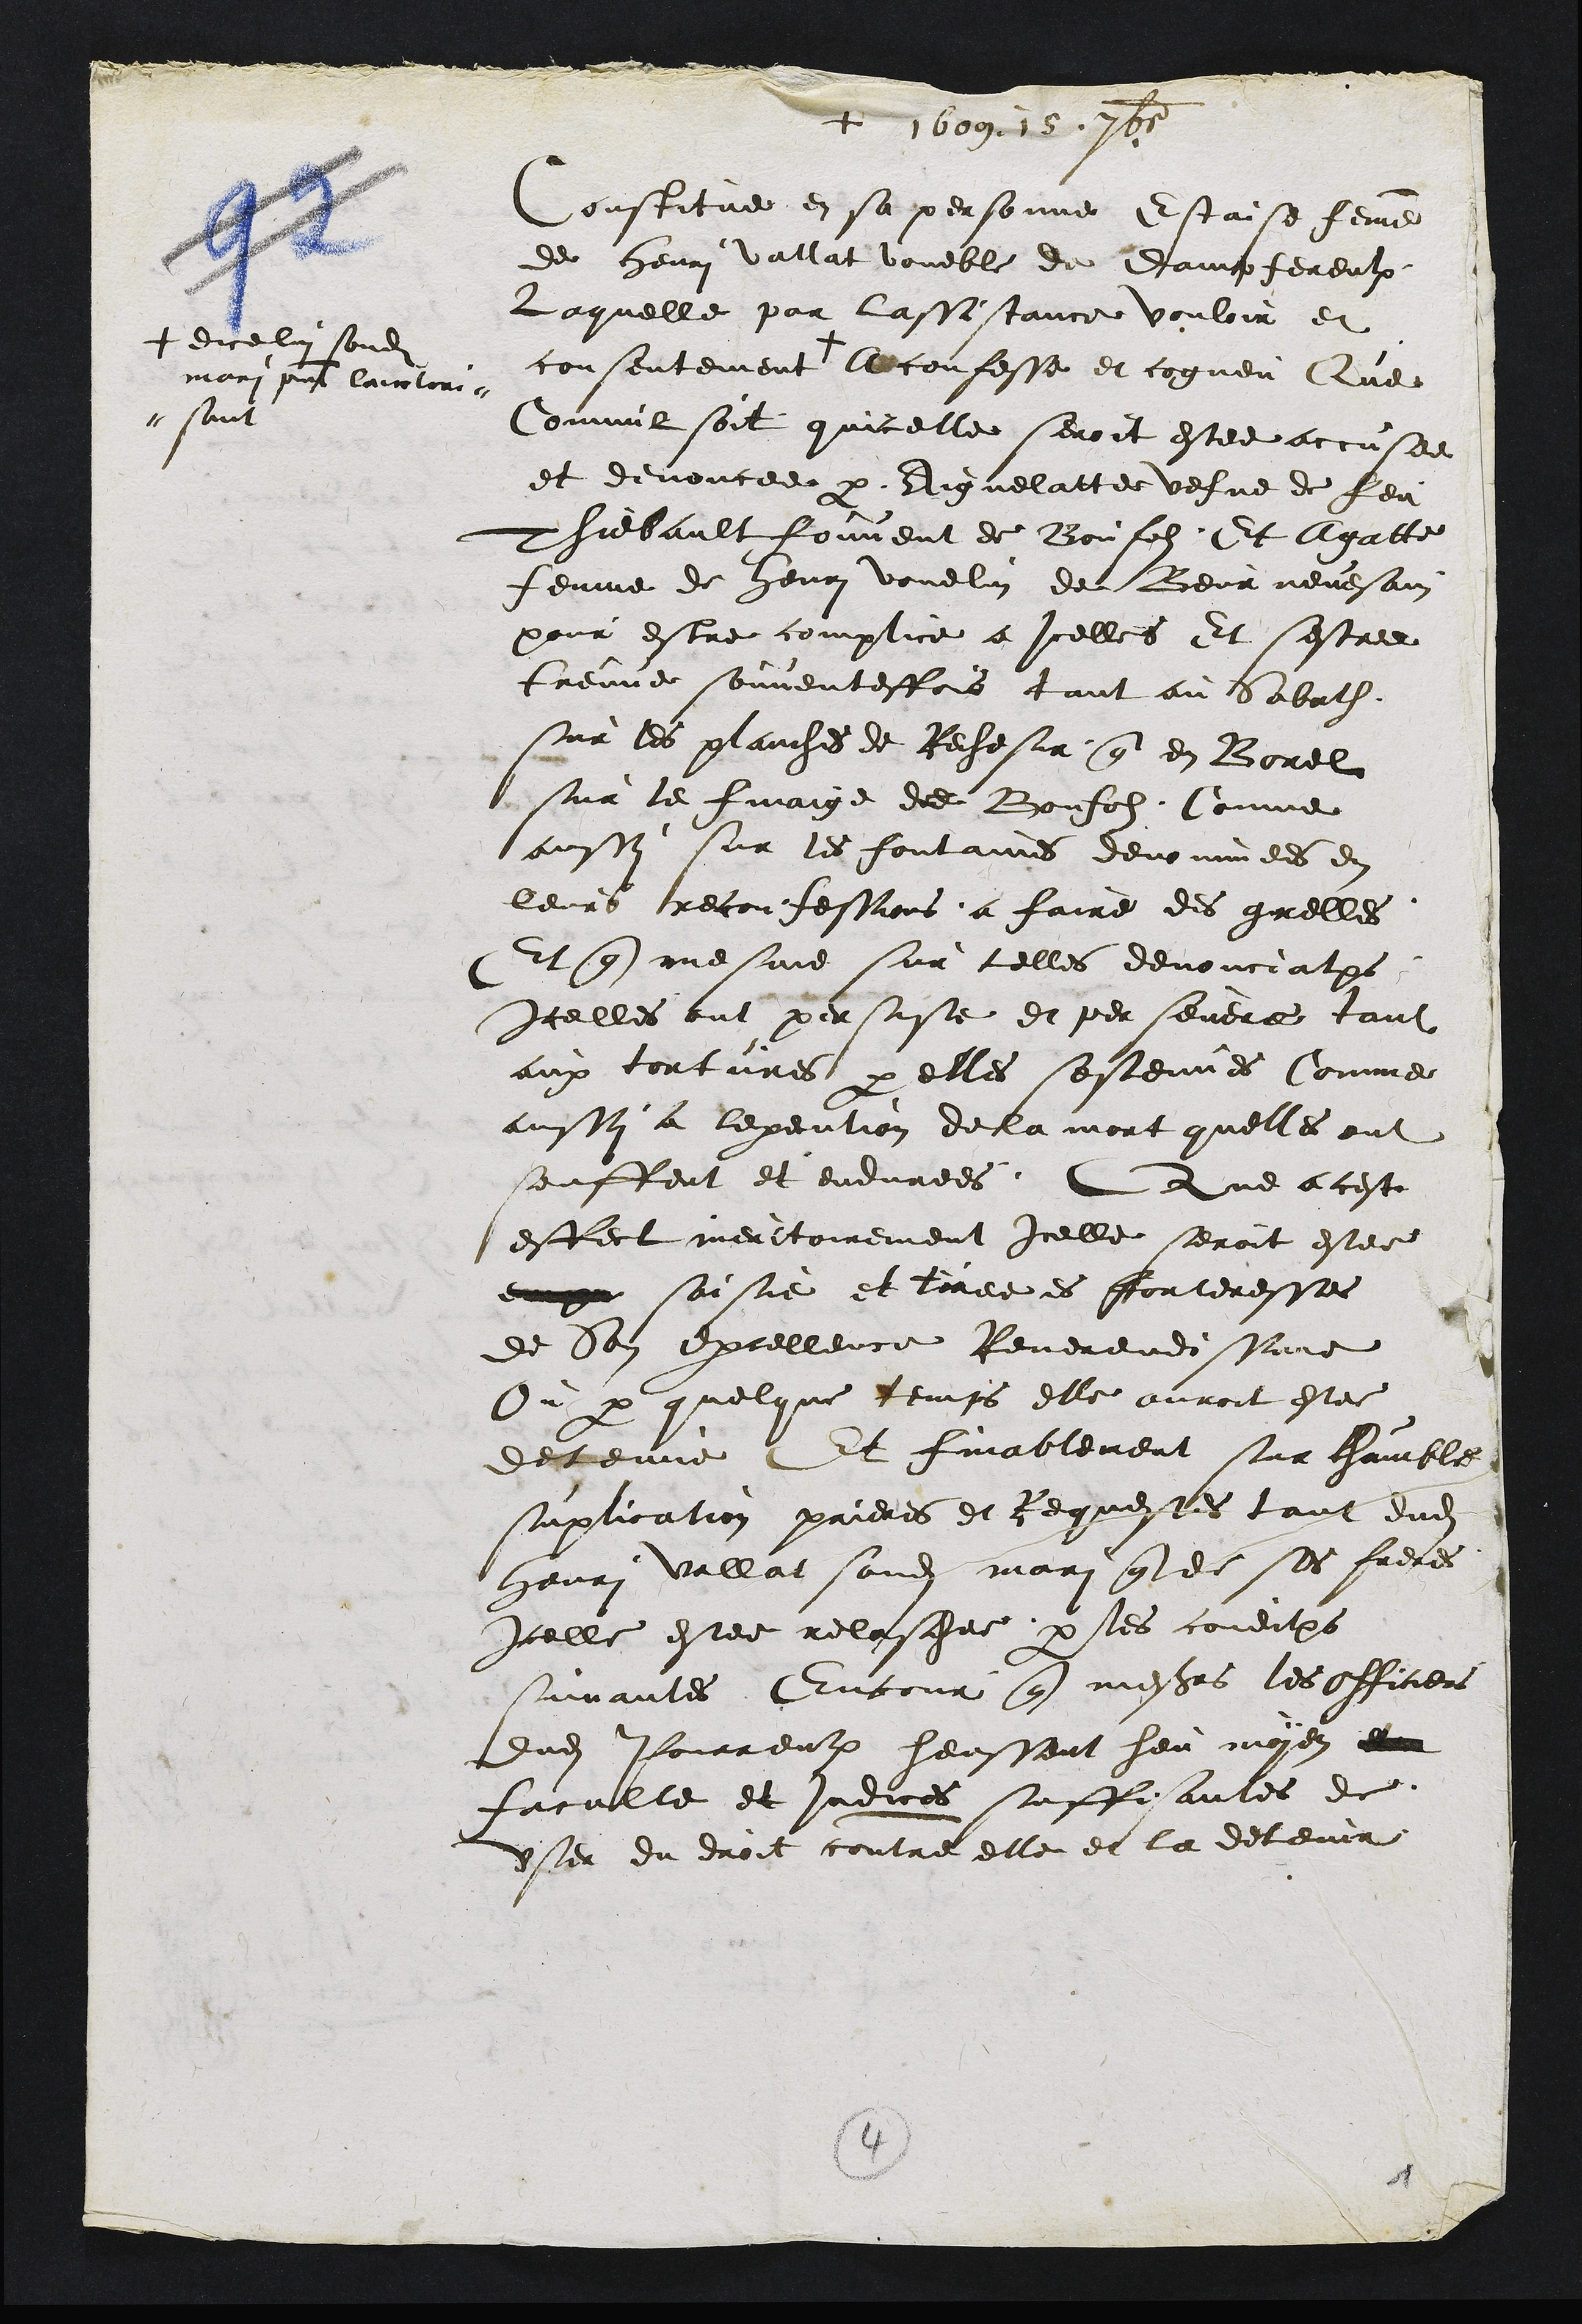
+ 1609.15.septembre
Constitue en sa personne Estaise femme
de Henri vallat voueble de dampfereulx
laquelle par lassistance vouloir et
consentement +
+ dicelui sondit
mari present lauctori-
-sant
A confesse et cogneu Que
Commil soit quicelle seroit estee accusee
et denoncee par Aignelatte vefve de feu
Thiebault fouvent de Bonfolz. Et Agatte
femme de Henri vouelin de Beurnevesain
pour estre complice a Icelles Et sestre
treuve souventesfois tant au Sabath
sur les planches de Rechesir que en Borel
sur le finaige de Bonfolz Comme
aussi sur les fontainnes denominees en
leurs treconfessions a faire des grelles
Et que mesme sur telles devonciations
Icelles ont persiste et persevere tant
aux tortures par elles sostenues Comme
aussy a lexecution de la mort quelles ont
senffent et endurees ne a ceste
estect meritoirement icelle seroit este
en saisie et tiree es forteresses
de son Excellence Reverendissine
Ou par quelque temps elle auroit estee
detene Et finablement sur chamble
suplication prieres et requestes tant dudit
henri vallat sondit mari que de ses freres
Icelle estee relaschee par les conditions
suivantes Encour que messieurs les Officiers
dudit Pourreux heussent heu moyen et
faculte et indices suffisantes de
ser du droit contre elle et la detenir